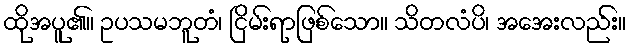
ထိုအပူ၏။ ဥပသမဘူတံ၊ ငြိမ်းရာဖြစ်သော။ သိတလံပိ၊ အအေးလည်း။